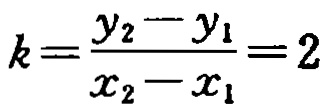
\(k=\frac{y_{2}-y_{1}}{x_{2}-x_{1}}=2\)